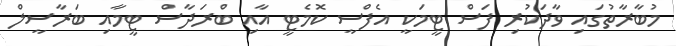
މުބާރާތުގައި ވާދަކުރި ފަސް ޓީމަކީ އެފްސީ ކޮމެޓީ އާއި ބްރަދާސް ޓީމާއި ބަރާސީލް